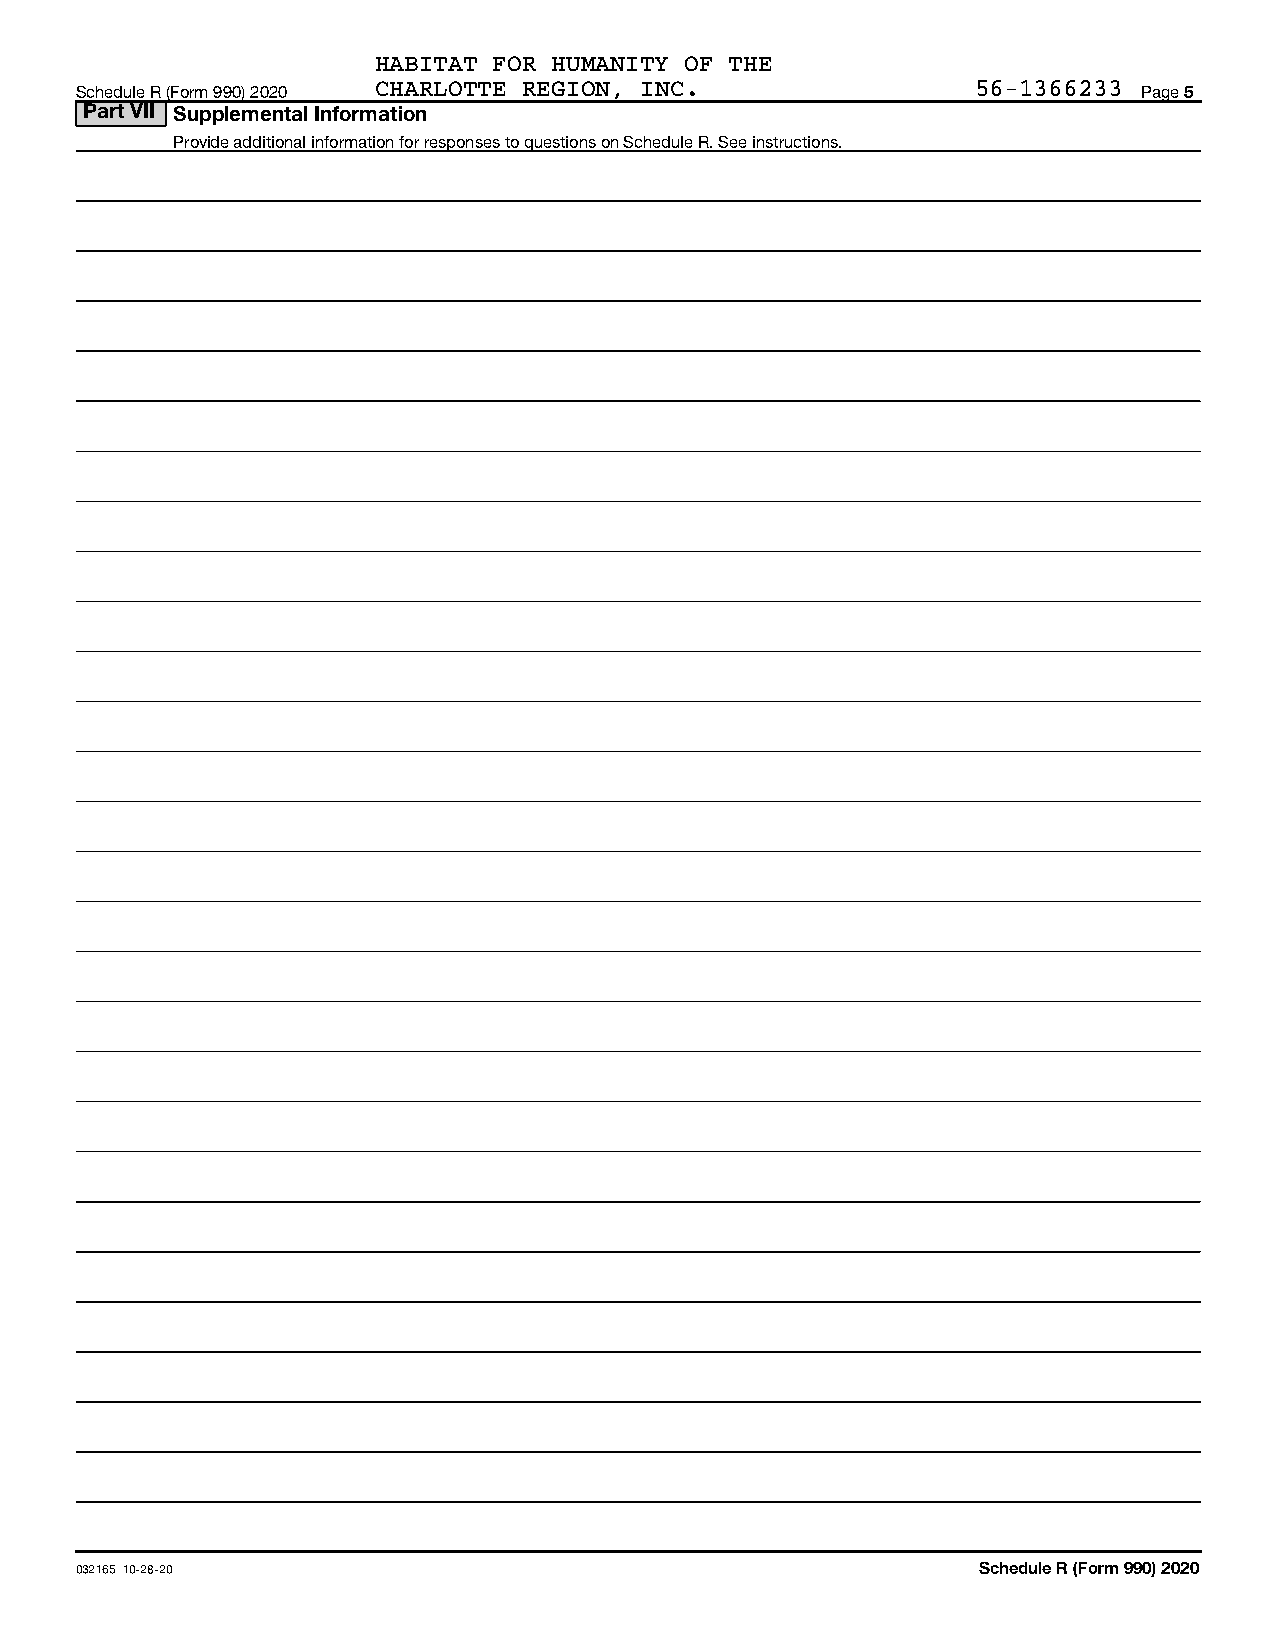
HABITAT FOR HUMANITY OF THE
 Schedule R (Form 990) 2020 CHARLOTTE REGION, INC.           56-1366233 Page 5
 Part VII Supplemental Information
 Provide additional information for responses to questions on Schedule R. See instructions.
 032165 10-28-20                                             Schedule R (Form 990) 2020